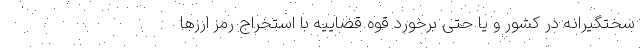
سختگیرانه در کشور و یا حتی برخورد قوه قضاییه با استخراج رمز ارزها